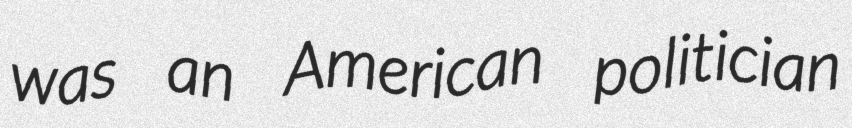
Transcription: was an American politician